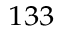
{ } ^ { 1 3 3 }